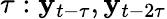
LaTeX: \tau:\mathbf{y}_{t-\tau},\mathbf{y}_{t-2\tau}